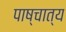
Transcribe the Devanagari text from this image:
पाष्चात्य